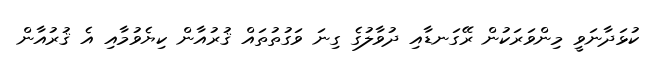
ކުޅަދާނަވީ މިންވަރަކުން ރޭގަނޑާއި ދުވާލުގެ ގިނަ ވަގުތުތައް ޤުރުއާން ކިޔެވުމާއި އެ ޤުރުއާން